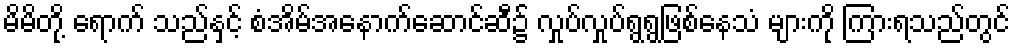
မိမိတို့ ရောက် သည်နှင့် စံအိမ်အနောက်ဆောင်ဆီ၌ လှုပ်လှုပ်ရွရွဖြစ်နေသံ များကို ကြားရသည်တွင်